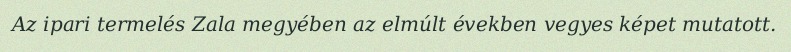
Az ipari termelés Zala megyében az elmúlt években vegyes képet mutatott.